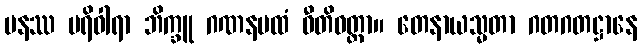
ပနဿ ပရိဝါရာ ဘိက္ခူ ဂဏနပထံ ဝီတိဝတ္တာ။ တေနာယသ္မတာ ဂတဂတဋ္ဌာနေ